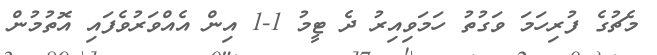
މެޗުގެ ފުރިހަމަ ވަގުތު ހަމަވިއިރު ދެ ޓީމު 1-1 އިން އެއްވަރުވެފައި އޮތުމުން